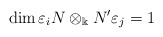
\begin{align*}\dim \varepsilon_i N\otimes_{\Bbbk}N'\varepsilon_j=1\end{align*}